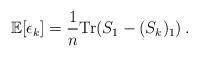
LaTeX: \begin{align*}\mathbb{E}[\epsilon_k] = \frac{1}{n}\mathrm{Tr} (S_1 - (S_k)_1)\,.\end{align*}